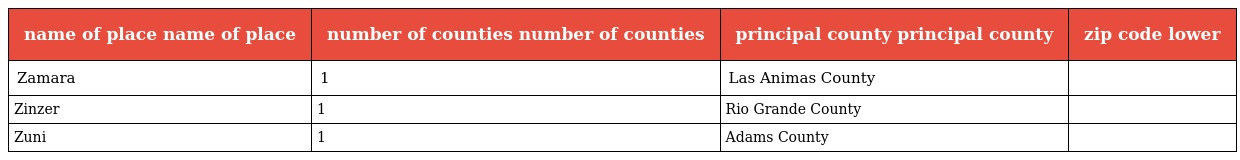
| name of place name of place | number of counties number of counties | principal county principal county | zip code lower |
 | --- | --- | --- | --- |
 | Zamara | 1 | Las Animas County |  |
 | Zinzer | 1 | Rio Grande County |  |
 | Zuni | 1 | Adams County |  |